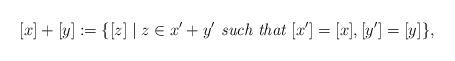
LaTeX: \begin{align*}[x]+[y]:=\{[z] \mid z \in x'+y' \emph{ such that } [x']=[x],[y']=[y]\}, \end{align*}